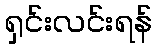
ရှင်းလင်းရန်